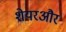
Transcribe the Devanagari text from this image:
शेयरऔर